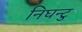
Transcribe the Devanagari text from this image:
निघन्टु